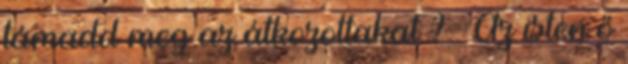
támadd meg az átkozottakat ? » Az isten ő